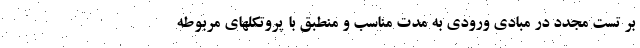
بر تست مجدد در مبادی ورودی به مدت مناسب و منطبق با پروتکلهای مربوطه